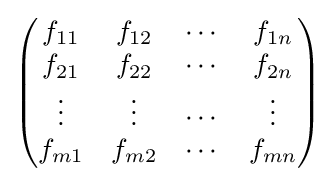
{\begin{pmatrix}f_{11}&f_{12}&\cdots &f_{1n}\\f_{21}&f_{22}&\cdots &f_{2n}\\\vdots &\vdots &\cdots &\vdots \\f_{m1}&f_{m2}&\cdots &f_{mn}\end{pmatrix}}